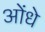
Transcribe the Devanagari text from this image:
ओंधे